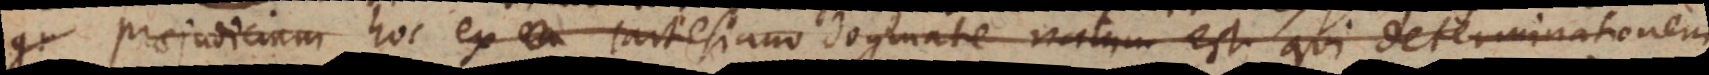
Praejudicium hoc ex Cartesiano dogmate natum est, qui determinationem